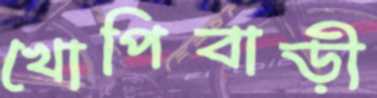
খোপিবাড়ী